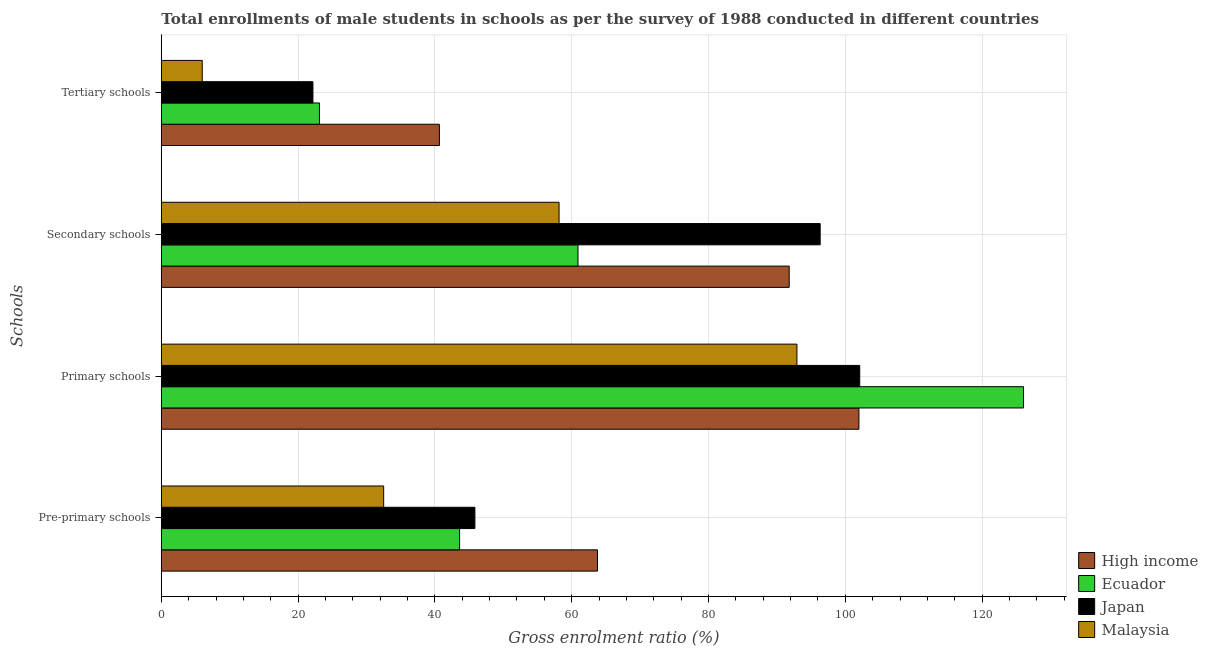
| Schools | High income | Ecuador | Japan | Malaysia |
 | --- | --- | --- | --- | --- |
 | Pre-primary schools | 63.8 | 43.6 | 45.8 | 32.5 |
 | Primary schools | 102 | 126 | 102 | 92.9 |
 | Secondary schools | 91.8 | 60.9 | 96.3 | 58.2 |
 | Tertiary schools | 40.7 | 23.1 | 22.2 | 5.98 |